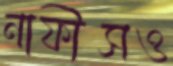
নাফীসও